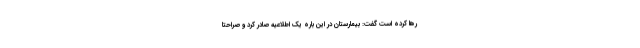
رها کرده است گفت: بیمارستان در این باره یک اطلاعیه صادر کرد و صراحتا